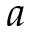
a